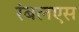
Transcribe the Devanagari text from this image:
रंबलएस